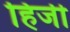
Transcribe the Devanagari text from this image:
हिर्जी